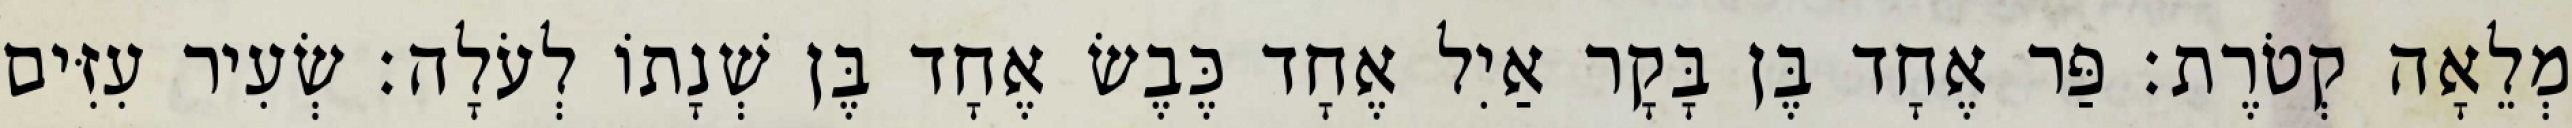
מְלֵאָה קְטֹרֶת׃ פַּר אֶחָד בֶּן בָּקָר אַיִל אֶחָד כֶּבֶשׂ אֶחָד בֶּן שְׁנָתוֹ לְעֹלָה׃ שְׂעִיר עִזִּים